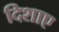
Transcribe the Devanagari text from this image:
दिशाए